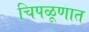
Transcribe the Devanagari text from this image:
चिपळूणात